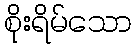
စိုးရိမ်သော